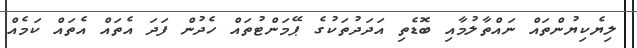
ލިޔެކިޔުންތައް ނައްތާލުމާއި ބޮޑެތި އަދަދުތަކުގެ ޕޭމަންޓުތައް ހެދުން ފަދަ އެތައް އެތައް ކަމެއް